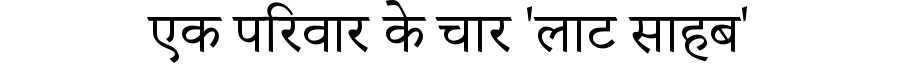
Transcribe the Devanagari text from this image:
एक परिवार के चार 'लाट साहब'